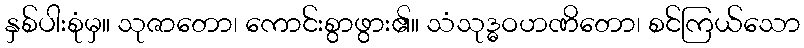
နှစ်ပါးစုံမှ။ သုဇာတော၊ ကောင်းစွာဖွား၏။ သံသုဒ္ဓဝဟဏိတော၊ စင်ကြယ်သော